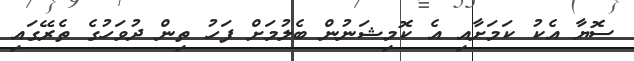
ސޮޔާ އެކު ކަމަށާއި އެ ކޮމިޝަނުން ބެލުމަށް ފަހު ތިން ދުވަހުގެ ތެރޭގައި